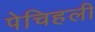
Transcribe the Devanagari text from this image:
पेचिहली